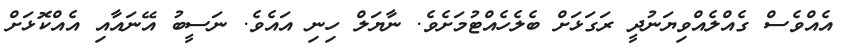
އެއްވެސް ގެއްލެއްވިޔަނުދީ ރަގަޅަށް ބެލެހެއްޓުމަށެވެ. ނާޔަލް ހިނި އައެވެ. ނަސީބު އޭނައާއި އެއްކޮޅަށް